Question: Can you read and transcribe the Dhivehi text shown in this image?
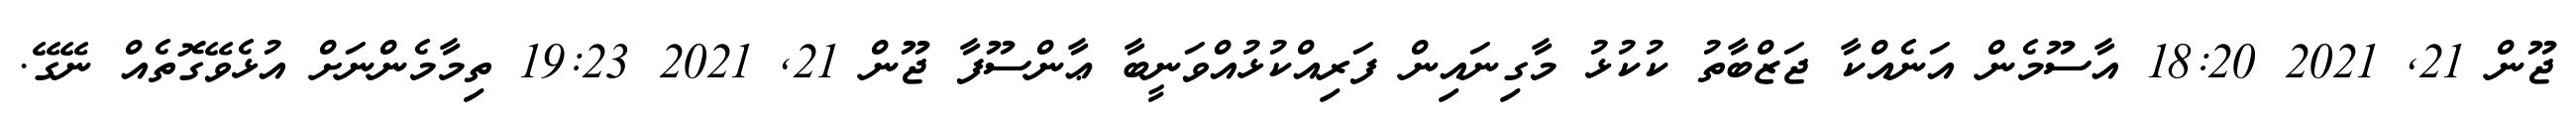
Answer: ޖޫން 21, 2021 18:20 އާސޫމެން އަނެއްކާ ޖަޒްބާތު ކުކުޅު މާގިނައިން ފަރިއްކުޅުއްވަނީބާ ޢާންސޫފާ ޖޫން 21, 2021 19:23 ތިމާމެންނަށް އުޅެވޭގޮތެއް ނޭގޭ.